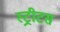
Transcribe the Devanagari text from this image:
स्ट्रीटस